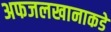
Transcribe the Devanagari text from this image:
अफजलखानाकडे